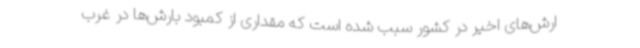
ارش‌های اخیر در کشور سبب شده است که مقداری از کمبود بارش‌ها در غرب